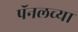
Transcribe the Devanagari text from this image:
पॅनलच्या